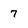
Character: 7